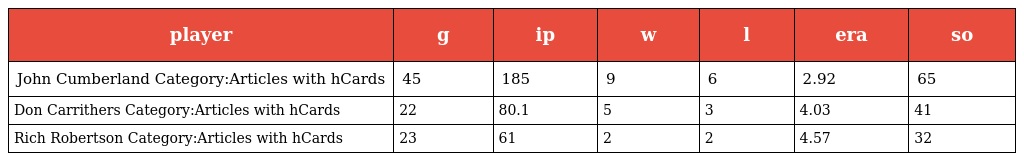
| player | g | ip | w | l | era | so |
 | --- | --- | --- | --- | --- | --- | --- |
 | John Cumberland Category:Articles with hCards | 45 | 185 | 9 | 6 | 2.92 | 65 |
 | Don Carrithers Category:Articles with hCards | 22 | 80.1 | 5 | 3 | 4.03 | 41 |
 | Rich Robertson Category:Articles with hCards | 23 | 61 | 2 | 2 | 4.57 | 32 |